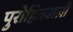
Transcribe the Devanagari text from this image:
पुरोहितवाली